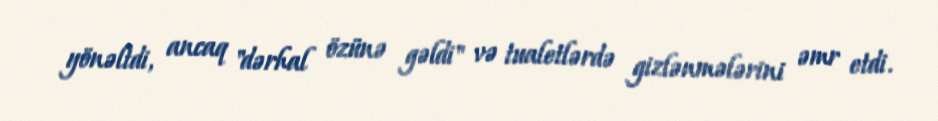
yönəltdi, ancaq "dərhal özünə gəldi" və tualetlərdə gizlənmələrini əmr etdi.